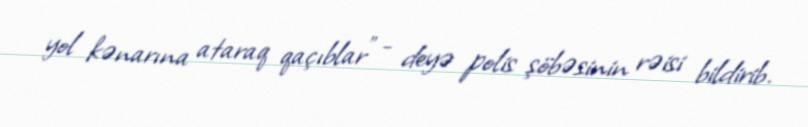
yol kənarına ataraq qaçıblar" - deyə polis şöbəsinin rəisi bildirib.